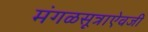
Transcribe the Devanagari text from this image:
मंगळसूत्राऐवजी